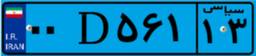
۰۲D۷۶۵۷۴